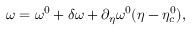
\omega = \omega ^ { 0 } + \delta \omega + \partial _ { \eta } \omega ^ { 0 } ( \eta - \eta _ { c } ^ { 0 } ) ,